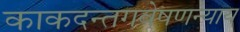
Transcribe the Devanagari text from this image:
काकदन्तगवेषणन्याय